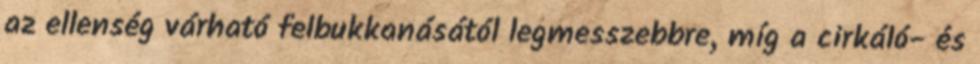
az ellenség várható felbukkanásától legmesszebbre, míg a cirkáló- és